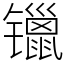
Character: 镴